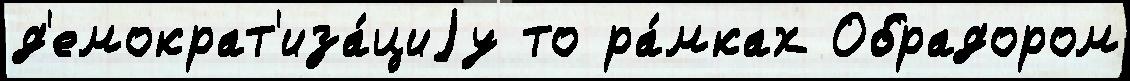
д'емократ'иза́циjу то ра́мках Обрадором